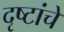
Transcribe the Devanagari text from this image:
दृष्टांचे